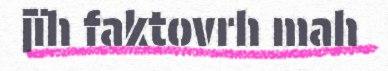
jïh faktovrh mah